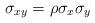
LaTeX: \begin{align*}\sigma_{xy}=\rho\sigma_{x}\sigma_{y} \end{align*}